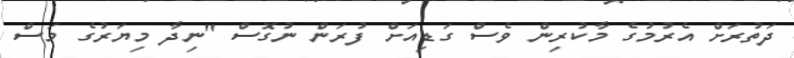
ދަތުރަށް އެރުމުގެ މާކުރިން ވެސް ގަޑިއަށް ފުރަން ނުގޮސް "ނިދާ މިޔަރުގެ މަސް